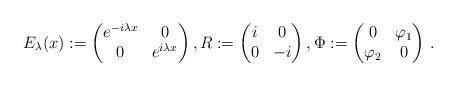
LaTeX: \begin{align*}E_\lambda(x):= \begin{pmatrix}e^{-i\lambda x}& 0\\ 0 &e^{i\lambda x}\end{pmatrix},R:= \begin{pmatrix}i &0 \\ 0& -i\end{pmatrix},\Phi:= \begin{pmatrix}0 & \varphi_1 \\ \varphi_2 & 0\end{pmatrix} \,.\end{align*}